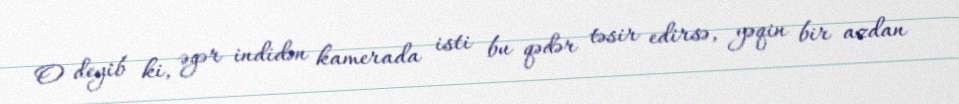
O deyib ki, əgər indidən kamerada isti bu qədər təsir edirsə, yəqin bir azdan